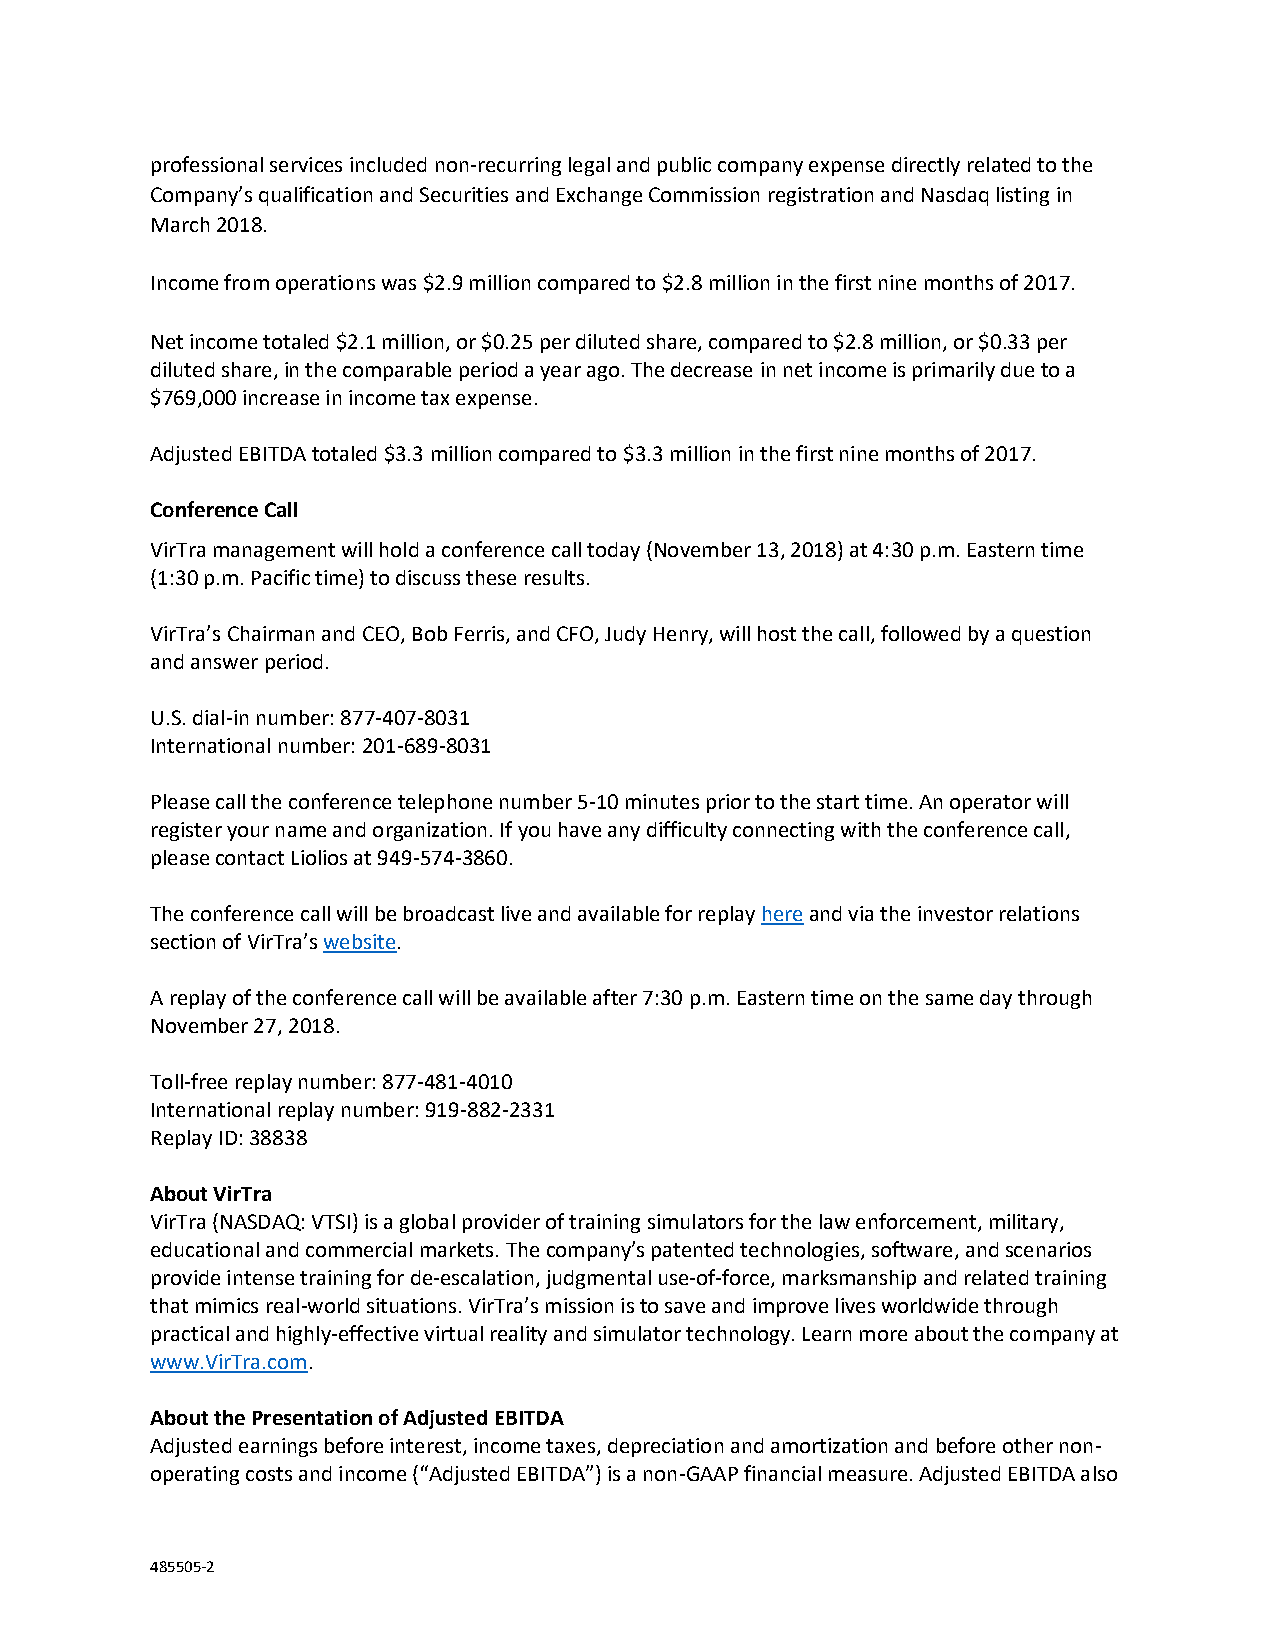
professional services included non-recurring legal and public company expense directly related to the
 Company’s qualification and Securities and Exchange Commission registration and Nasdaq listing in
 March 2018.
 Income from operations was $2.9 million compared to $2.8 million in the first nine months of 2017.
 Net income totaled $2.1 million, or $0.25 per diluted share, compared to $2.8 million, or $0.33 per
 diluted share, in the comparable period a year ago. The decrease in net income is primarily due to a
 $769,000 increase in income tax expense.
 Adjusted EBITDA totaled $3.3 million compared to $3.3 million in the first nine months of 2017.
 Conference Call
 VirTra management will hold a conference call today (November 13, 2018) at 4:30 p.m. Eastern time
 (1:30 p.m. Pacific time) to discuss these results.
 VirTra’s Chairman and CEO, Bob Ferris, and CFO, Judy Henry, will host the call, followed by a question
 and answer period.
 U.S. dial-in number: 877-407-8031
 International number: 201-689-8031
 Please call the conference telephone number 5-10 minutes prior to the start time. An operator will
 register your name and organization. If you have any difficulty connecting with the conference call,
 please contact Liolios at 949-574-3860.
 The conference call will be broadcast live and available for replay here and via the investor relations
 section of VirTra’s website.
 A replay of the conference call will be available after 7:30 p.m. Eastern time on the same day through
 November 27, 2018.
 Toll-free replay number: 877-481-4010
 International replay number: 919-882-2331
 Replay ID: 38838
 About VirTra
 VirTra (NASDAQ: VTSI) is a global provider of training simulators for the law enforcement, military,
 educational and commercial markets. The company’s patented technologies, software, and scenarios
 provide intense training for de-escalation, judgmental use-of-force, marksmanship and related training
 that mimics real-world situations. VirTra’s mission is to save and improve lives worldwide through
 practical and highly-effective virtual reality and simulator technology. Learn more about the company at
 www.VirTra.com.
 About the Presentation of Adjusted EBITDA
 Adjusted earnings before interest, income taxes, depreciation and amortization and before other non-
 operating costs and income (“Adjusted EBITDA”) is a non-GAAP financial measure. Adjusted EBITDA also
 485505-2